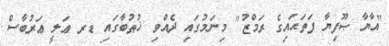
"އާޔާ ޞޫފިޔާ ފަތަޙައިގެ ރަމްޒު" މިނަމުގައި ދެއްވި ޚުޠުބާގައި ޑރ ޢަލީ ޢަރުބާސް